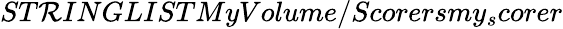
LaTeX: ST\mathcal{R}INGLISTMyVolume/Scorersmy_{s}corer